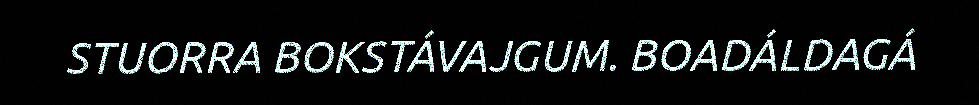
STUORRA BOKSTÁVAJGUM. BOADÁLDAGÁ